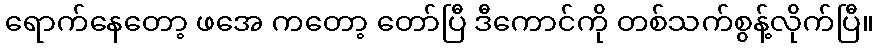
ရောက်နေတော့ ဖအေ ကတော့ တော်ပြီ ဒီကောင်ကို တစ်သက်စွန့်လိုက်ပြီ။